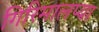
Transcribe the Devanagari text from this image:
गिरिमालप्या